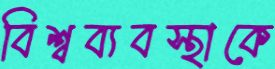
বিশ্বব্যবস্থাকে